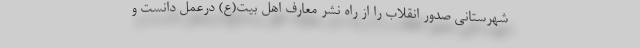
شهرستانی صدور انقلاب را از راه نشر معارف اهل بیت(ع) درعمل دانست و